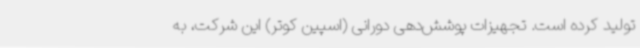
تولید کرده است. تجهیزات پوشش‌دهی دورانی (اسپین کوتر) این شرکت، به